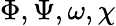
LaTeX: \Phi,\Psi,\omega,\chi